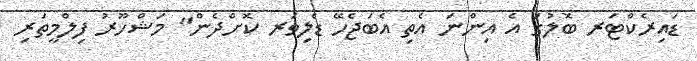
ޑައިރެކްޓަރ ބޮލުގަ އެ އިންނަ އެތި އެބަޖެހޭ ޑެލިވަރ ކޮށްދެން" މަޝްހޫރު ފިލްމީތަރި